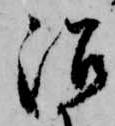
沼